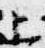
上